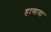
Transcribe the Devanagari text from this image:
हाणावा